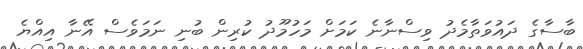
ބާސާގެ ދައުވަތާމެދު ވިސްނާނެ ކަމަށް މަހުމޫދު ކުރިން ބުނި ނަމަވެސް އޭނާ އިއްޔެ